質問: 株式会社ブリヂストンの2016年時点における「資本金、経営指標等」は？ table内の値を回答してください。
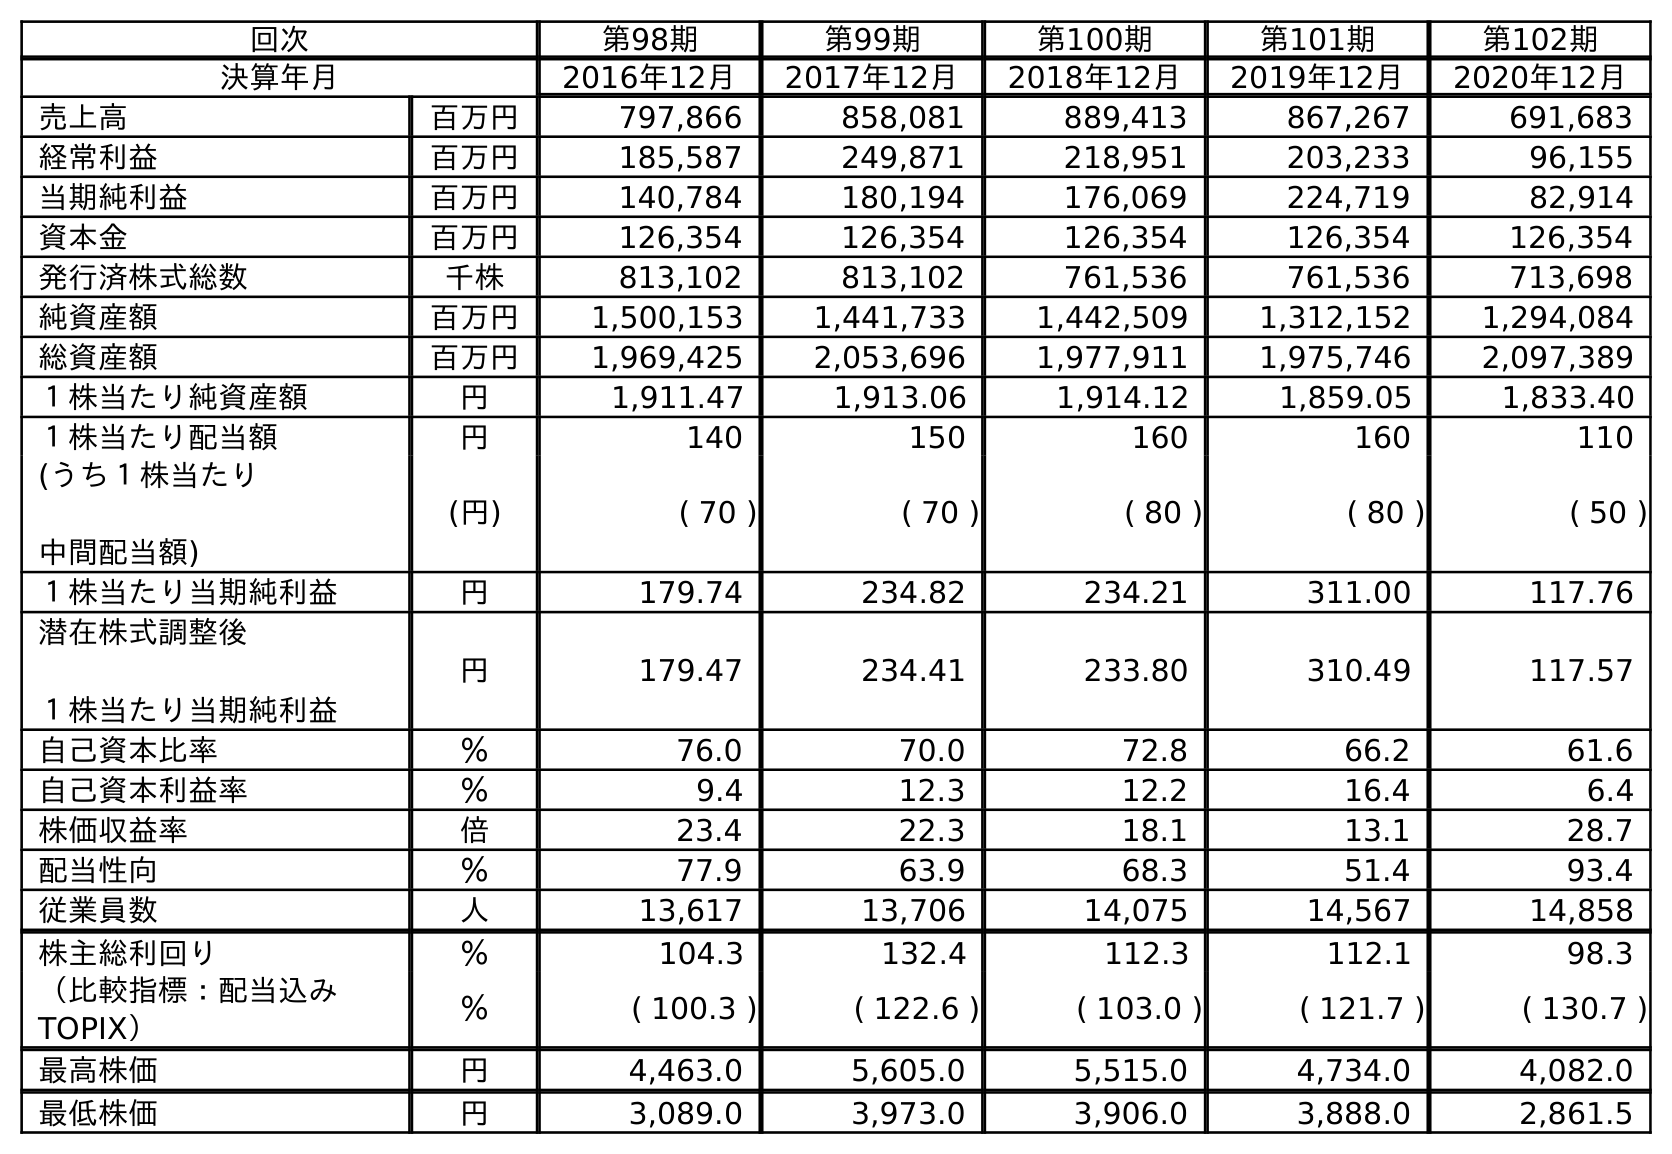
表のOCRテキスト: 回次 第98期 第99期 第100期 第101期 第102期 決算年月 2016年12月 2017年12月 2018年12月 2019年12月 2020年12月 売上高 百万円 797,866 858,081 889,413 867,267 691,683 経常利益 百万円 185,587 249,871 218,951 203,233 96,155 当期純利益 百万円 140,784 180,194 176,069 224,719 82,914 資本金 百万円 126,354 126,354 126,354 126,354 126,354 発行済株式総数 千株 813,102 813,102 761,536 761,536 713,698 純資産額 百万円 1,500,153 1,441,733 1,442,509 1,312,152 1,294,084 総資産額 百万円 1,969,425 2,053,696 1,977,911 1,975,746 2,097,389 １株当たり純資産額 円 1,911.47 1,913.06 1,914.12 1,859.05 1,833.40 １株当たり配当額 円 140 150 160 160 110 (うち１株当たり 中間配当額) (円) ( 70 ) ( 70 ) ( 80 ) ( 80 ) ( 50 ) １株当たり当期純利益 円 179.74 234.82 234.21 311.00 117.76 潜在株式調整後 １株当たり当期純利益 円 179.47 234.41 233.80 310.49 117.57 自己資本比率 ％ 76.0 70.0 72.8 66.2 61.6 自己資本利益率 ％ 9.4 12.3 12.2 16.4 6.4 株価収益率 倍 23.4 22.3 18.1 13.1 28.7 配当性向 ％ 77.9 63.9 68.3 51.4 93.4 従業員数 人 13,617 13,706 14,075 14,567 14,858 株主総利回り ％ 104.3 132.4 112.3 112.1 98.3 （比較指標：配当込み TOPIX） ％ ( 100.3 ) ( 122.6 ) ( 103.0 ) ( 121.7 ) ( 130.7 ) 最高株価 円 4,463.0 5,605.0 5,515.0 4,734.0 4,082.0 最低株価 円 3,089.0 3,973.0 3,906.0 3,888.0 2,861.5
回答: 126,354